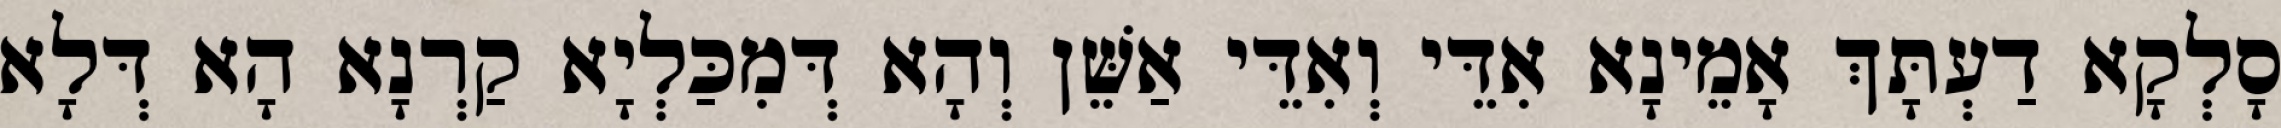
סָלְקָא דַעְתָּךְ אָמֵינָא אִדֵּי וְאִדֵּי אַשֵּׁן וְהָא דְּמִכַּלְיָא קַרְנָא הָא דְּלָא